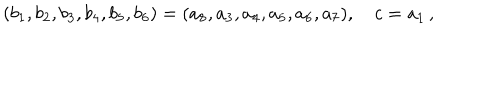
LaTeX: ( b _ { 1 } , b _ { 2 } , b _ { 3 } , b _ { 4 } , b _ { 5 } , b _ { 6 } ) = ( a _ { 8 } , a _ { 3 } , a _ { 4 } , a _ { 5 } , a _ { 6 } , a _ { 7 } ) , \quad c = a _ { 1 } \, ,